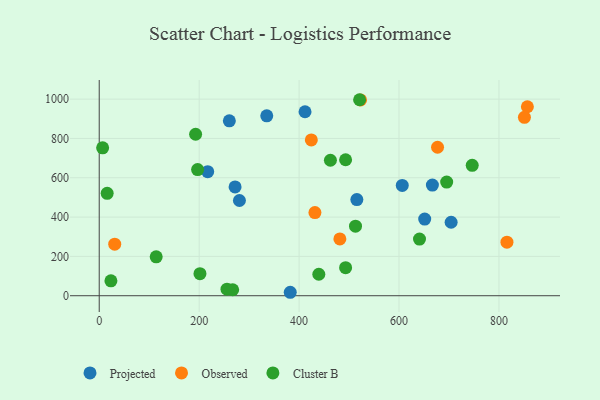
{"axis": {"x": "Price", "y": "Yield"}, "legend": ["Cluster B", "Observed", "Projected"], "data": [{"x": "382.3", "y": 17.5, "type": "Projected"}, {"x": "271.9", "y": 553.3, "type": "Projected"}, {"x": "606.5", "y": 561.0, "type": "Projected"}, {"x": "515.6", "y": 488.8, "type": "Projected"}, {"x": "260.4", "y": 889.7, "type": "Projected"}, {"x": "411.9", "y": 935.7, "type": "Projected"}, {"x": "217.1", "y": 630.9, "type": "Projected"}, {"x": "335.3", "y": 914.8, "type": "Projected"}, {"x": "280.6", "y": 484.2, "type": "Projected"}, {"x": "651.4", "y": 390.0, "type": "Projected"}, {"x": "704.3", "y": 373.6, "type": "Projected"}, {"x": "666.8", "y": 563.0, "type": "Projected"}, {"x": "523.0", "y": 995.9, "type": "Observed"}, {"x": "677.1", "y": 755.2, "type": "Observed"}, {"x": "424.5", "y": 792.4, "type": "Observed"}, {"x": "431.7", "y": 422.9, "type": "Observed"}, {"x": "31.0", "y": 262.4, "type": "Observed"}, {"x": "856.9", "y": 961.1, "type": "Observed"}, {"x": "851.0", "y": 907.4, "type": "Observed"}, {"x": "481.6", "y": 288.8, "type": "Observed"}, {"x": "816.0", "y": 272.5, "type": "Observed"}, {"x": "196.9", "y": 641.6, "type": "Cluster B"}, {"x": "192.9", "y": 821.4, "type": "Cluster B"}, {"x": "255.7", "y": 33.1, "type": "Cluster B"}, {"x": "439.5", "y": 109.1, "type": "Cluster B"}, {"x": "512.9", "y": 353.5, "type": "Cluster B"}, {"x": "521.1", "y": 996.9, "type": "Cluster B"}, {"x": "746.5", "y": 663.3, "type": "Cluster B"}, {"x": "493.1", "y": 142.5, "type": "Cluster B"}, {"x": "114.0", "y": 197.9, "type": "Cluster B"}, {"x": "6.8", "y": 752.4, "type": "Cluster B"}, {"x": "695.4", "y": 577.8, "type": "Cluster B"}, {"x": "201.6", "y": 112.1, "type": "Cluster B"}, {"x": "493.1", "y": 691.7, "type": "Cluster B"}, {"x": "267.1", "y": 30.4, "type": "Cluster B"}, {"x": "15.9", "y": 520.6, "type": "Cluster B"}, {"x": "462.7", "y": 689.0, "type": "Cluster B"}, {"x": "641.0", "y": 287.9, "type": "Cluster B"}, {"x": "23.4", "y": 75.7, "type": "Cluster B"}]}